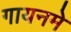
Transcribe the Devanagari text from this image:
गायनमे